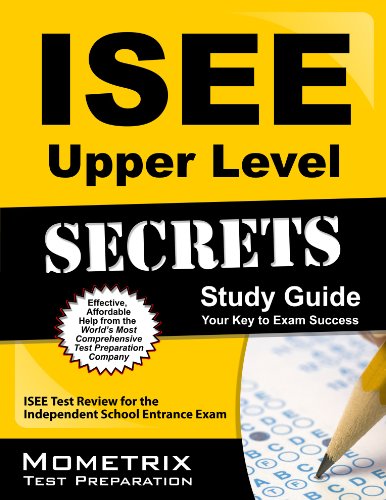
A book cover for ISEE Upper Level Secrets Study Guide: ISEE Test Review for the Independent School Entrance Exam; ISEE Exam Secrets Test Prep Team; Test Preparation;